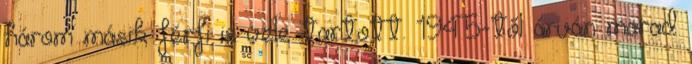
három másik férfi is vele tartott. 1945-től árván marad